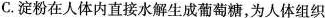
C.淀粉在人体内直接水解生成葡萄糖，为人体组织